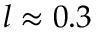
l \approx 0 . 3